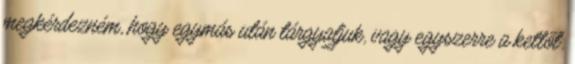
megkérdezném, hogy egymás után tárgyaljuk, vagy egyszerre a kettőt.